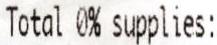
TOTAL 0% SUPPLIES: